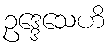
ဥဒ္ဒေသေဟိ